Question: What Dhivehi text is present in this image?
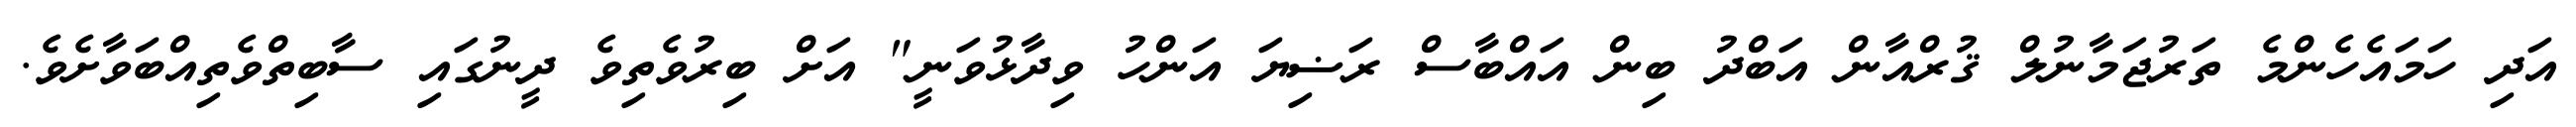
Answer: އަދި ހަމައެހެންމެ ތަރުޖަމާނުލް ޤުރްއާން އަބްދު ބިން އައްބާސް ރަޟިޔަ އަންހު ވިދާޅުވަނީ" އަށް ބިރުވެތިވެ ދީނުގައި ސާބިތްވެތިއްބަވާށެވެ.